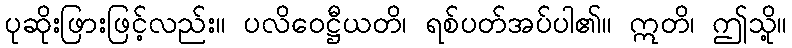
ပုဆိုးဖြားဖြင့်လည်း။ ပလိဝေဋ္ဌီယတိ၊ ရစ်ပတ်အပ်ပါ၏။ ဣတိ၊ ဤသို့။